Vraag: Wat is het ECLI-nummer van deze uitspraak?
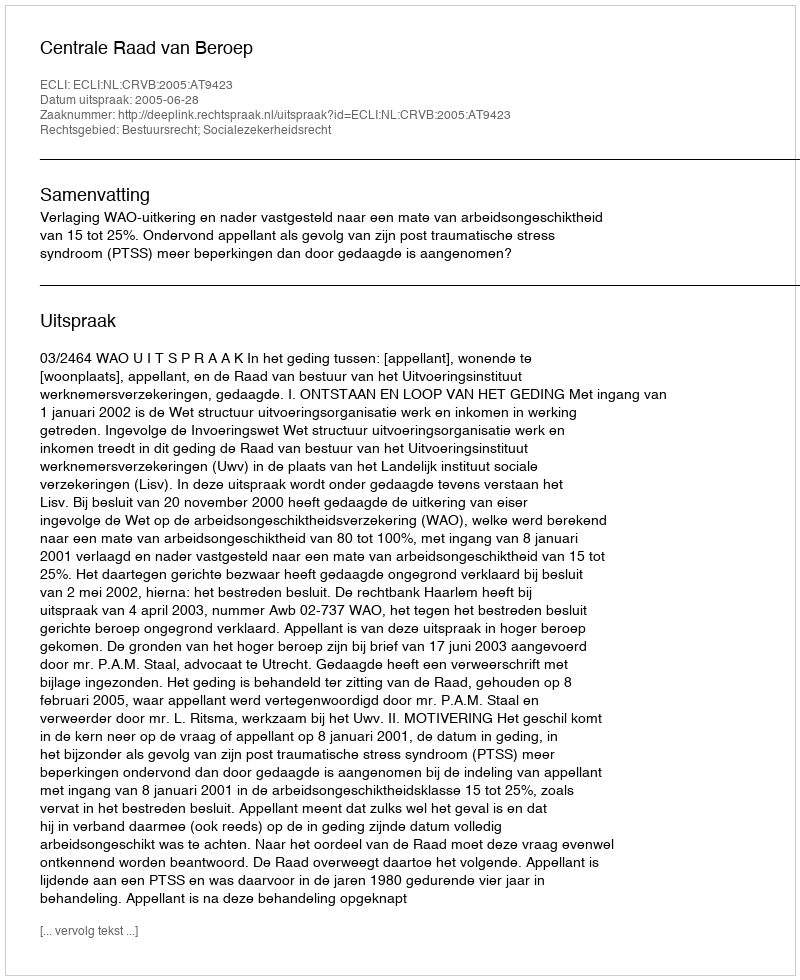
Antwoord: ECLI:NL:CRVB:2005:AT9423